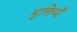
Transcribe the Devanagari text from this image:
भुक्तियाँ